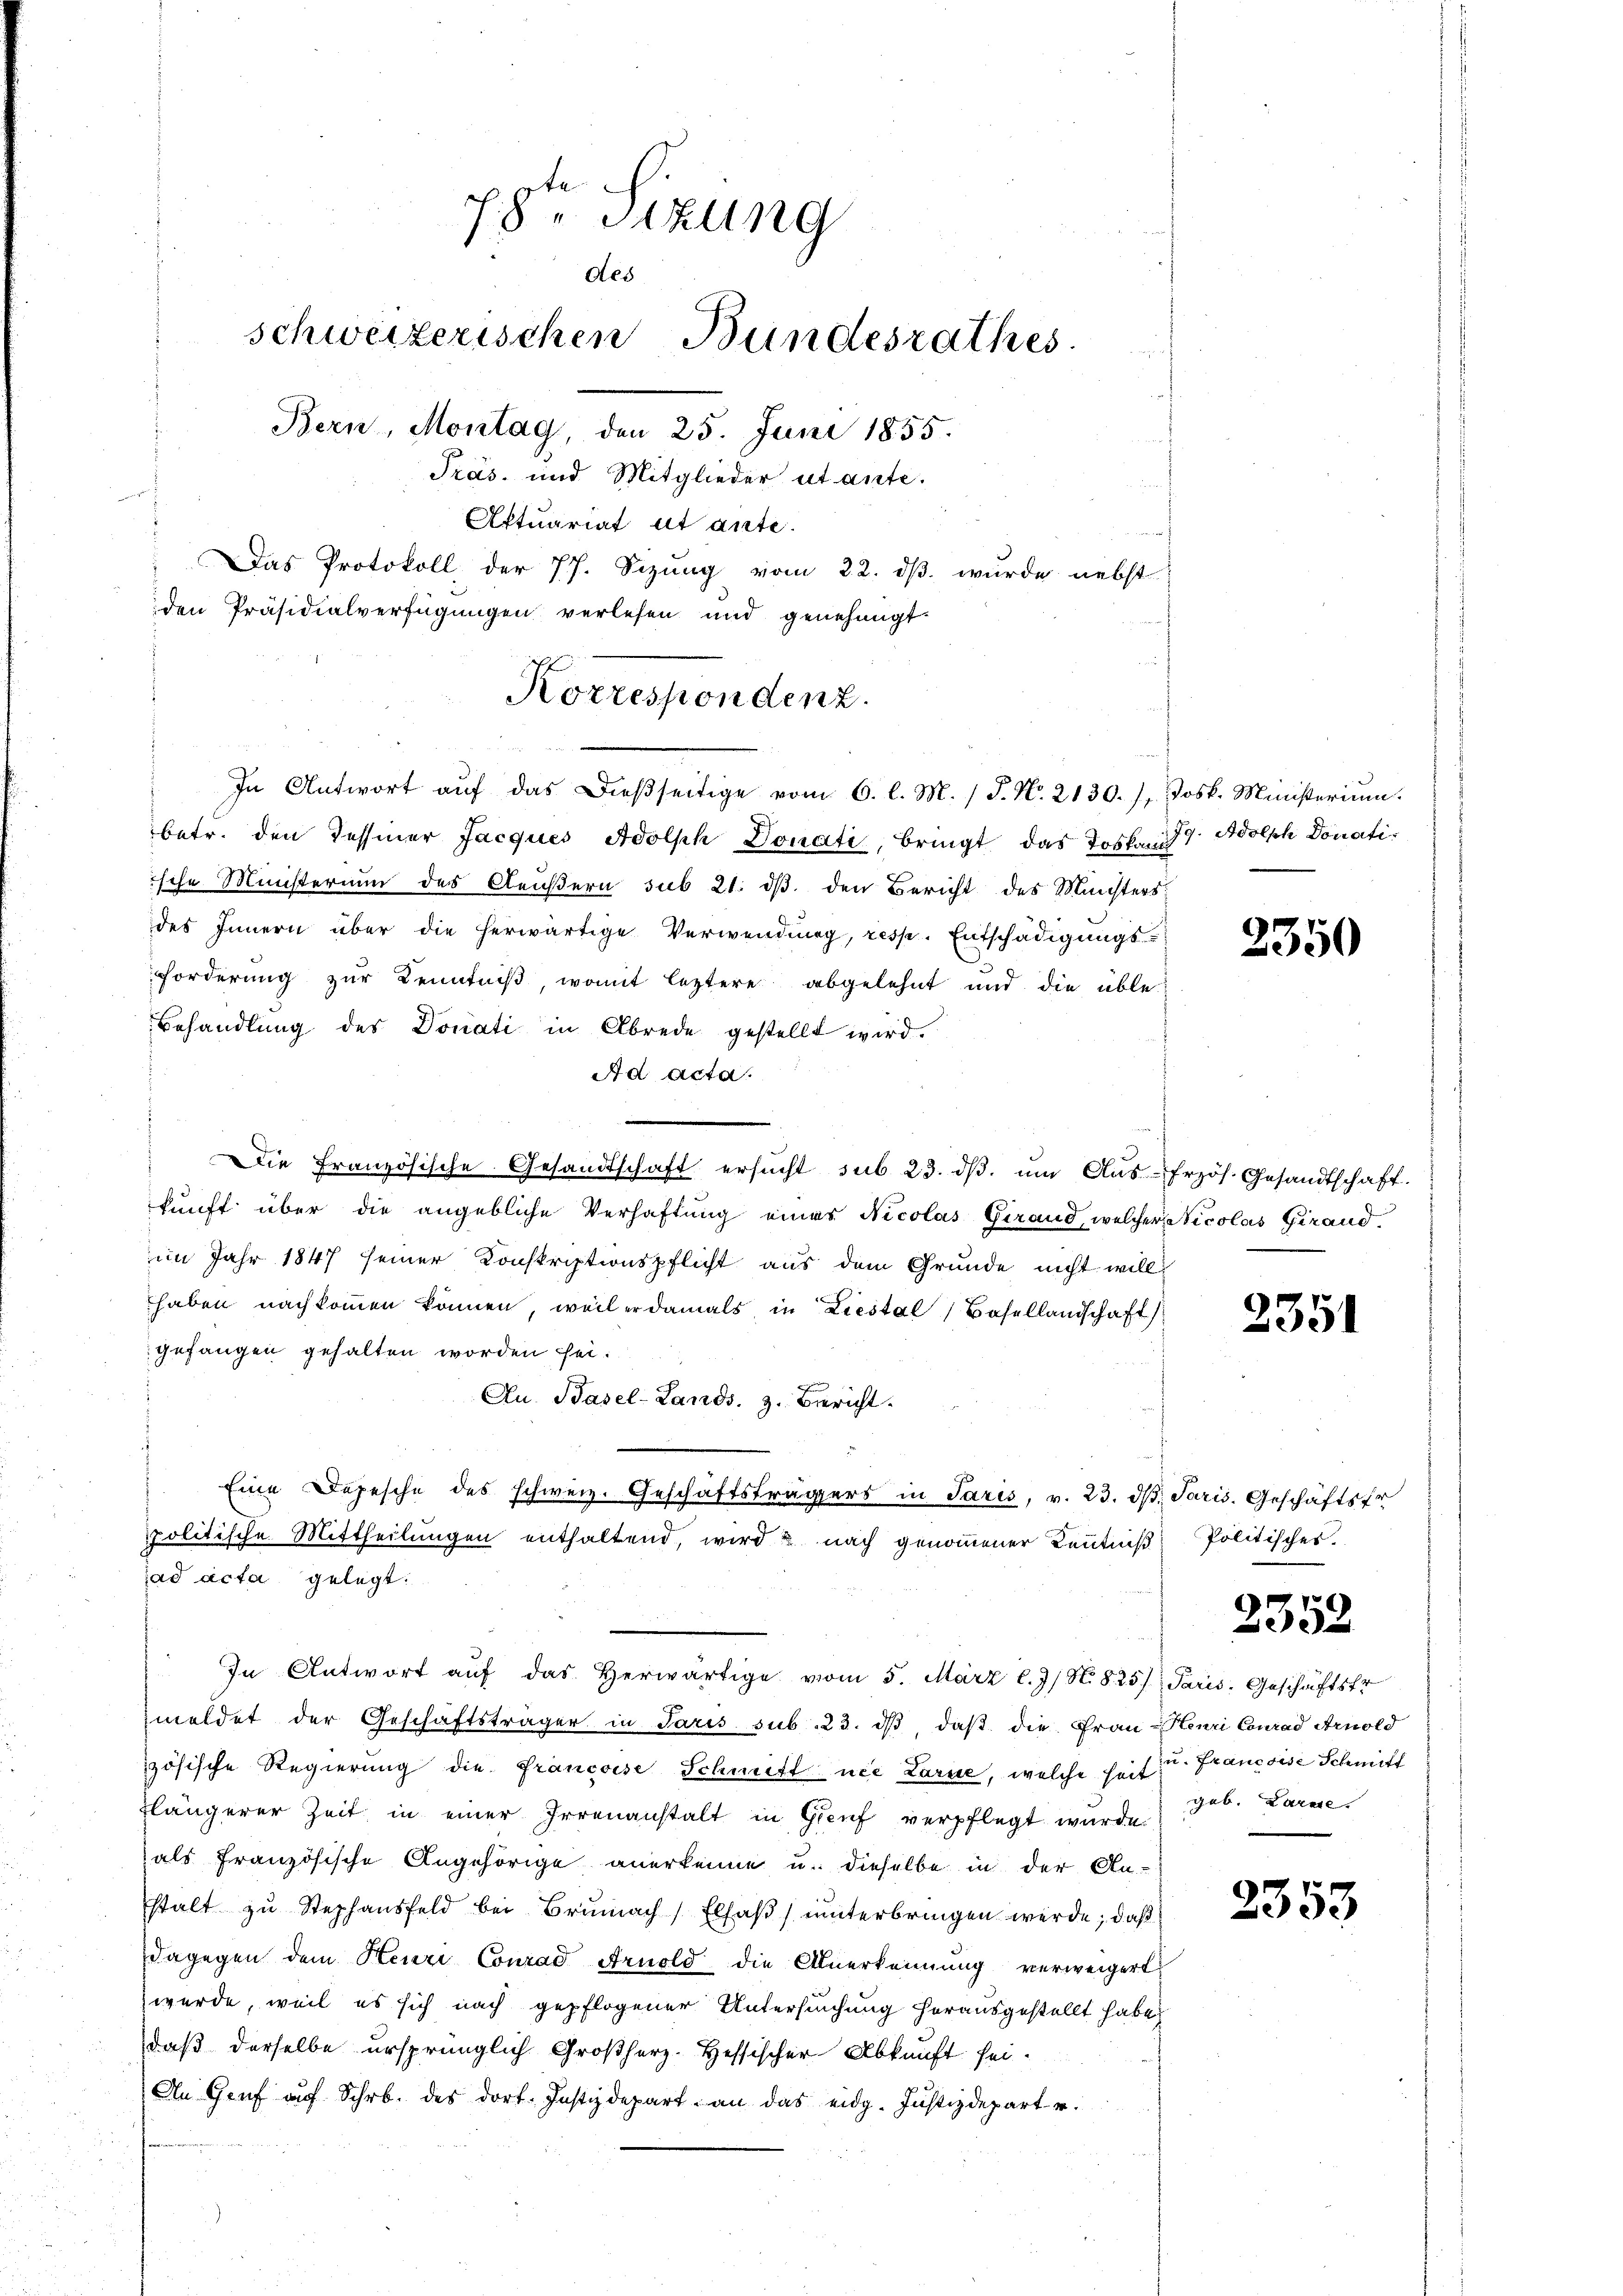
78ten Sizung
des
schweizerischen Bundesrathes.
Bern, Montag, den 25. Juni 1855.
Präs. und Mitglieder utante.
Actuariat et ante.
Das Protokoll, der 77. Sizŭng vom 22. dβ. wurde nebst
den Präsidialverfügungen verlesen und genehmigt.

Korrespondenz.
In Antwort aŭf das dießseitige vom 6. l. M. / J. N. 2130.),

betr. den Tessiner Jacques Adolph Donati, bringt das Toska
ische Ministerium des Aeußern sub 21. dβ den Bericht des Ministers
des Innern über die herwärtige Verwendung, resp. Entschädigungs-
Forderung zur Kenntniß, womit leztere abgelehnt und die üble
Behandlung des Donati in Abrede gestellt wird.
Ad acta.
Die Französische Gesandtschaft ersŭcht sub 23. dβ. ŭm Aŭs-frzös. Gesandtschaft.
kŭnft über die angebliche Verhaftŭng einer Nicolas Gerand, welcher Nicolas Girand-
im Jahr 1847 seiner Konskriptionspflicht aus dem Grunde nicht will
haben nachkommen können, weil er damals in Liestal, Basellandschaft,
gefangen gehalten worden sei.
Au. Basel-Lands. z. Bericht.
Eine Depesche des schweiz. Geschäftsträgers in Paris, v. 23. ds. Paris. Geschäftsf
spolitische Mittheilŭngen enthaltend, wird u nach genoṁener Keṅtniβ Politisches.
ad acta gelegt:
In Antwort aŭf das herwärtige vom 5. März l. J. N. 825) Paris, Geschäftsfr
meldet der Geschäftsträger in Paris sub. 23. dβ daß die Frau-Henri Conrad Arnold
zösische Regierung die Francoise Schmitt nie Zarn, welche seit u. Francoise Schmitt
flängerer Zeit in einer Irrenanstalt in Genf verpflegt wurde.
als französische Angehörige anerkenne u. dieselbe in der An-
stalt zŭ Stephansfeld bei Brünnach Elsaβ ŭnterbringen werde; daß
dagegen dem Heure Conrad Arnold die Anerkennung verweigert
werde, weil es sich nach gepflogener Untersuchung herausgestellt habe,
daß derselbe ursprünglich Großherz- Hessischer Abkunft sei.
An Graf auf Schrb. des dort. Justizdepart an das eidg. Justizdepart u.

Josk. Ministerium.
7. Adolph Donati¬

2350

2351

2352

geb. Larose.

2353